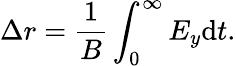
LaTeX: \Delta r=\frac{1}{B}\int_{0}^{\infty}E_{y}\mathrm{d}t.